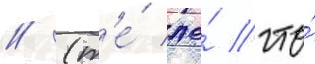
// (т'е́ же́ что́